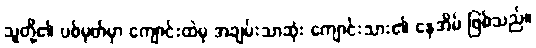
သူတို့၏ ပစ်မှတ်မှာ ကျောင်းထဲမှ အချမ်းသာဆုံး ကျောင်းသား၏ နေအိမ် ဖြစ်သည်။